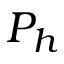
P _ { h }